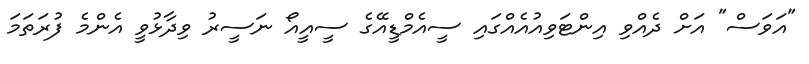
"އަވަސް" އަށް ދެއްވި އިންޓަވިއުއެއްގައި ސީއެމްޑީއޭގެ ސީއީއޯ ނަސީރު ވިދާޅުވީ އެންމެ ފުރަތަމަ